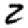
Digit: 2